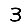
Digit: 3